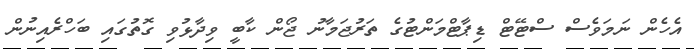
އެހެން ނަމަވެސް ސްޓޭޓް ޑިޕާޓްމަންޓުގެ ތަރުޖަމާނު ޖޯން ކާބީ ވިދާޅުވި ގޮތުގައި ބަހްރެއިނުން